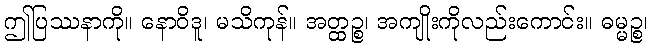
ဤပြဿနာကို။ နောဝိဒူ၊ မသိကုန်။ အတ္ထဉ္စ၊ အကျိုးကိုလည်းကောင်း။ ဓမ္မဉ္စ၊